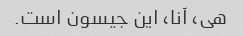
هی، آنا، این جیسون است.